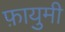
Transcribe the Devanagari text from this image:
फ़ायुमी